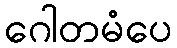
ဂေါတမံပေ